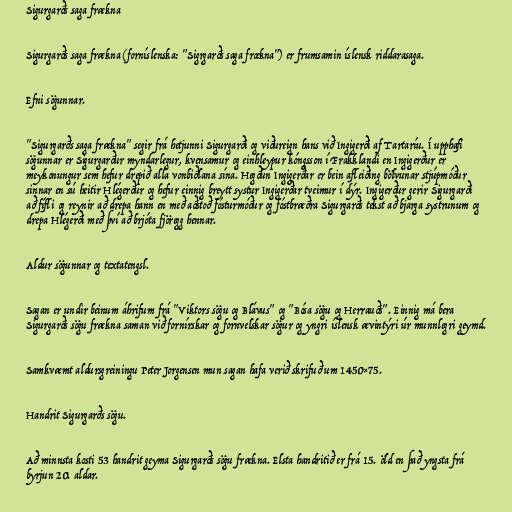
Sigurgarðs saga frækna

Sigurgarðs saga frækna (forníslenska: "Sigrgarðs saga frœkna") er frumsamin íslensk riddarasaga.

Efni sögunnar.

"Sigurgarðs saga frækna" segir frá hetjunni Sigurgarði og viðureign hans við Ingigerði af Tartaríu. Í upphafi
sögunnar er Sigurgarður myndarlegur, kvensamur og einhleypur kóngsson í Frakklandi en Ingigerður er
meykonungur sem hefur drepið alla vonbiðlana sína. Hegðun Ingigerðar er bein afleiðing bölvunar stjúpmóður
sinnar en sú heitir Hlégerður og hefur einnig breytt systur Ingigerðar tveimur í dýr. Ingigerður gerir Sigurgarði
að fífli og reynir að drepa hann en með aðstoð fósturmóður og fóstbræðra Sigurgarðs tekst að bjarga systrunum og
drepa Hlégerði með því að brjóta fjöregg hennar.

Aldur sögunnar og textatengsl.

Sagan er undir beinum áhrifum frá "Viktors sögu og Blávus" og "Bósa sögu og Herrauðs". Einnig má bera
Sigurgarðs sögu frækna saman við fornírskar og fornvelskar sögur og yngri íslensk ævintýri úr munnlegri geymd.

Samkvæmt aldursgreiningu Peter Jorgensen mun sagan hafa verið skrifuð um 1450×75.

Handrit Sigurgarðs sögu.

Að minnsta kosti 53 handrit geyma Sigurgarðs sögu frækna. Elsta handritið er frá 15. öld en það yngsta frá
byrjun 20. aldar.